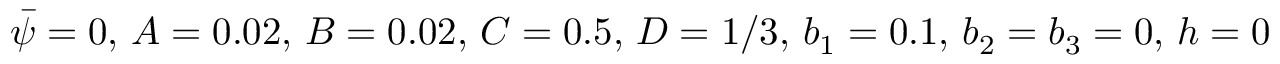
\bar { \psi } = 0 , \, A = 0 . 0 2 , \, B = 0 . 0 2 , \, C = 0 . 5 , \, D = 1 / 3 , \, b _ { 1 } = 0 . 1 , \, b _ { 2 } = b _ { 3 } = 0 , \, h = 0